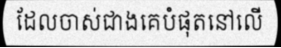
ដែលចាស់ជាងគេបំផុតនៅលើ